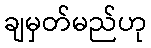
ချမှတ်မည်ဟု